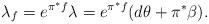
LaTeX: \begin{align*}\lambda_{f}=e^{\pi^{*}f}\lambda=e^{\pi^{*}f}(d\theta+\pi^{*}\beta).\end{align*}